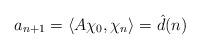
LaTeX: \begin{align*}a_{n+1}=\langle A\chi_0, \chi_n\rangle=\hat d(n)\end{align*}